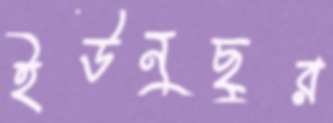
ইউনুছুর